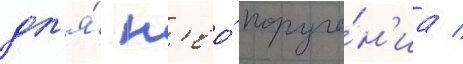
дл'я́ н'ео́ поруче́н'иа /